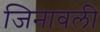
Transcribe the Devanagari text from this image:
जिनावली